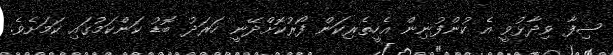
ޝިފާ ވިދާޅުވީ އެ ކުންފުނިން އެހީތެރިކަން ފޯރުކޮށްދޭނީ ހަރަދު ބޮޑު ކަންކަމުގައި ކަމަށެވެ.